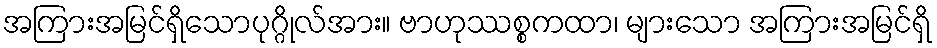
အကြားအမြင်ရှိသောပုဂ္ဂိုလ်အား။ ဗာဟုဿစ္စကထာ၊ များသော အကြားအမြင်ရှိ